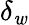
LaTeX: \delta_{\mathit{w}}